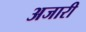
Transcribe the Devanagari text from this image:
अजारी